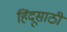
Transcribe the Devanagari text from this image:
हिंदूसाठी